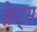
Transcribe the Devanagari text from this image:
फ़्रेट्स